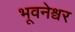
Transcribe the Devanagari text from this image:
भूवनेश्वर